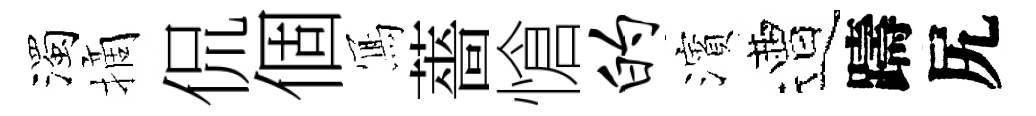
濁摘侃個𭂁薔愴的濱遭躊尻